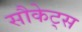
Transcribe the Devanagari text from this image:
सौकेट्स